Annual report on the working of the lock hospitals in the Central Provinces
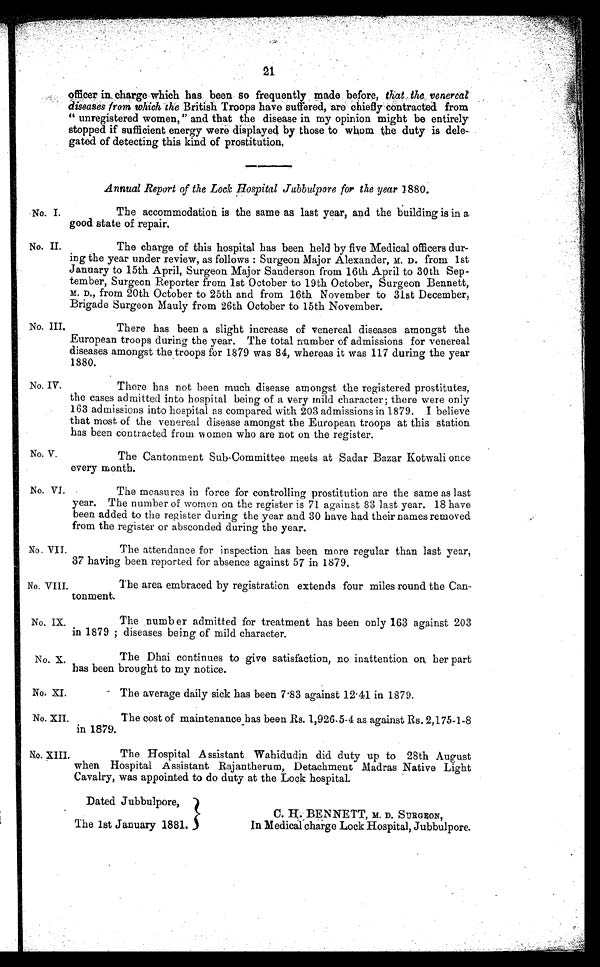
21
officer in charge which has been so frequently made before, that the venereal
diseases from which the British Troops have suffered, are chiefly contracted from
unregistered women," and that the disease in my opinion might be entirely
stopped if sufficient energy were displayed by those to whom the duty is dele-
gated of detecting this kind of prostitution.
Annual Report of the Lock Hospital Jubbulpore for the year 1880.
No. I.
The accommodation is the same as last year, and the building is in a
good state of repair.
No. II.
The charge of this hospital has been held by five Medical officers dur-
ing the year under review, as follows : Surgeon Major Alexander, M. D. from 1st
January to 15th April, Surgeon Major Sanderson from 16th April to 30th Sep-
tember, Surgeon Reporter from 1st October to 19th October, Surgeon Bennett,
M. D., from 20th October to 25th and from 16th November to 31st December,
Brigade Surgeon Mauly from 26th October to 15th November.
No. III.
There has been a slight increase of venereal diseases amongst the
European troops during the year. The total number of admissions for venereal
diseases amongst the troops for 1879 was 84, whereas it was 117 during the year
1880.
No. IV.
There has not been much disease amongst the registered prostitutes,
the cases admitted into hospital being of a very mild character; there were only
163 admissions into hospital as compared with 203 admissions in 1879. I believe
that most of the venereal disease amongst the European troops at this station
has been contracted from women who are not on the register.
No. V.
The Cantonment Sub-Committee meets at Sadar Bazar Kotwali once
every month.
No. VI.
The measures in force for controlling prostitution are the same as last
year. The number of women on the register is 71 against 83 last year. 18 have
been added to the register during the year and 30 have had their names removed
from the register or absconded during the year.
No. VII.
The attendance for inspection has been more regular than last year,
37 having been reported for absence against 57 in 1879.
No. VIII.
The area embraced by registration extends four miles round the Can-
tonment.
No. IX.
The number admitted for treatment has been only 163 against 203
in 1879 ; diseases being of mild character.
No. X.
The Dhai continues to give satisfaction, no inattention on, her part
has been brought to my notice.
No. XI.
The average daily sick has been 7.83 against 12.41 in 1879.
No. XII.
The cost of maintenance has been Rs. 1,926.5-4 as against Rs. 2,175-1-8
in 1879.
No. XIII.
The Hospital Assistant Wahidudin did duty up to 28th August
when Hospital Assistant Rajantherum, Detachment Madras Native Light
Cavalry, was appointed to do duty at the Lock hospital.
Dated Jubbulpore,
C. H. BENNETT, M. D. SURGEON,
In Medical charge Lock Hospital, Jubbulpore.
The 1st January 1881.